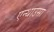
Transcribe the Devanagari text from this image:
एन्थाउसा